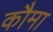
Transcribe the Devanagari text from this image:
कौमा